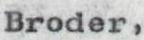
Broder,